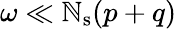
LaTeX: \omega\ll\mathbb{N}_{\mathrm{{s}}}(p+q)